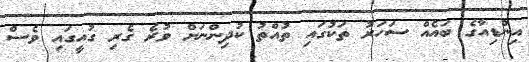
އިންޑިއާގެ ބައެއް ސަހަރު ތަކުގައި ތުއްތު ކުދިންނަށް ވުރެ ގެރި ގުއީގައި ވެސް